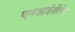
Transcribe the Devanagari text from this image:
एनआईसीनेट